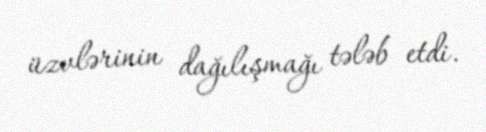
üzvlərinin dağılışmağı tələb etdi.